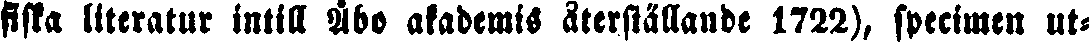
fiska literatur intill Åbo akademis återställande 1722), specimen ut-